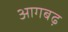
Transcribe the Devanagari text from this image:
आगबढ़